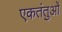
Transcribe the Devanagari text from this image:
एकतंतुओं